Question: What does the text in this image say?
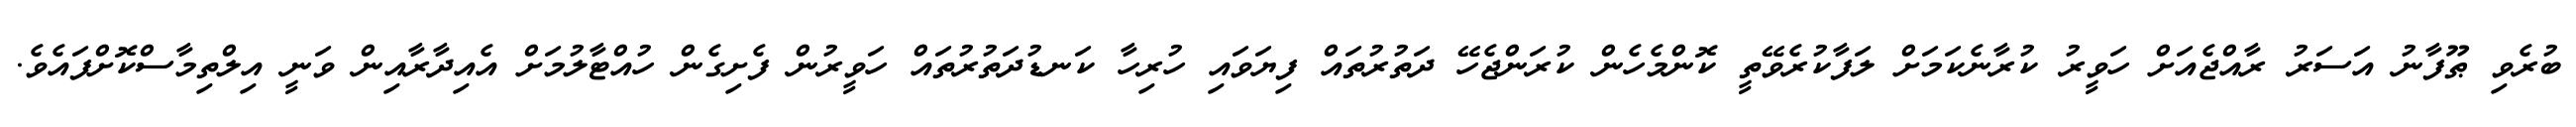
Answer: ބުރެވި ޠޫފާނު އަސަރު ރާއްޖެއަށް ހަވީރު ކުރާނެކަމަށް ލަފާކުރެވޭތީ ކޮންމެހެން ކުރަންޖެހޭ ދަތުރުތައް ފިޔަވައި ހުރިހާ ކަނޑުދަތުރުތައް ހަވީރުން ފެށިގެން ހުއްޓާލުމަށް އެއިދާރާއިން ވަނީ އިލްތިމާސްކޮށްފައެވެ.